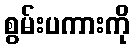
စွမ်းပကားကို